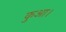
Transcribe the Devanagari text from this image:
कुआ।